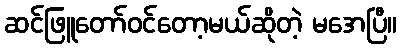
ဆင်ဖြူတော်ဝင်တော့မယ်ဆိုတဲ့ မအေပြီ။